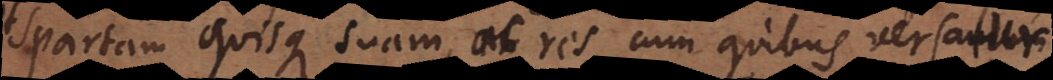
Spartam quisque suam, ac res cum quibus versandum